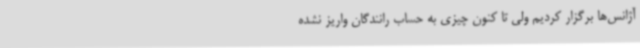
آژانس‌ها برگزار کردیم ولی تا کنون چیزی به حساب رانندگان واریز نشده